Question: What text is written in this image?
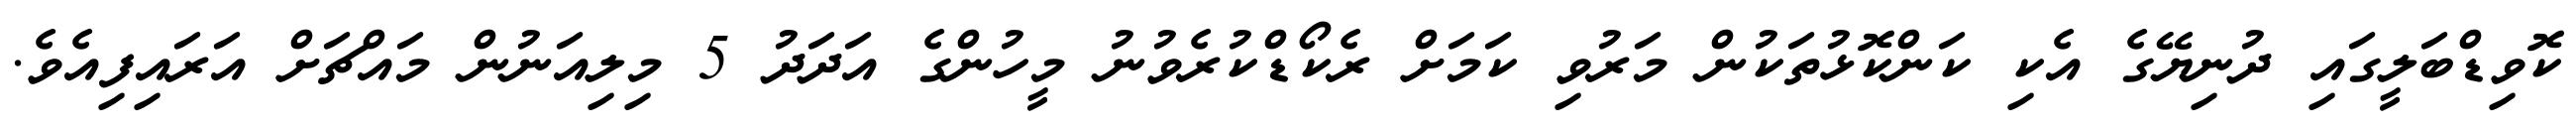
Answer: ކޮވިޑްބަލީގައި ދުނިޔޭގެ އެކި ކަންކޮޅުތަކުން މަރުވި ކަމަށް ރެކޯޑްކުރެވުނު މީހުންގެ އަދަދު 5 މިލިއަނުން މައްޗަށް އަރައިފިއެވެ.